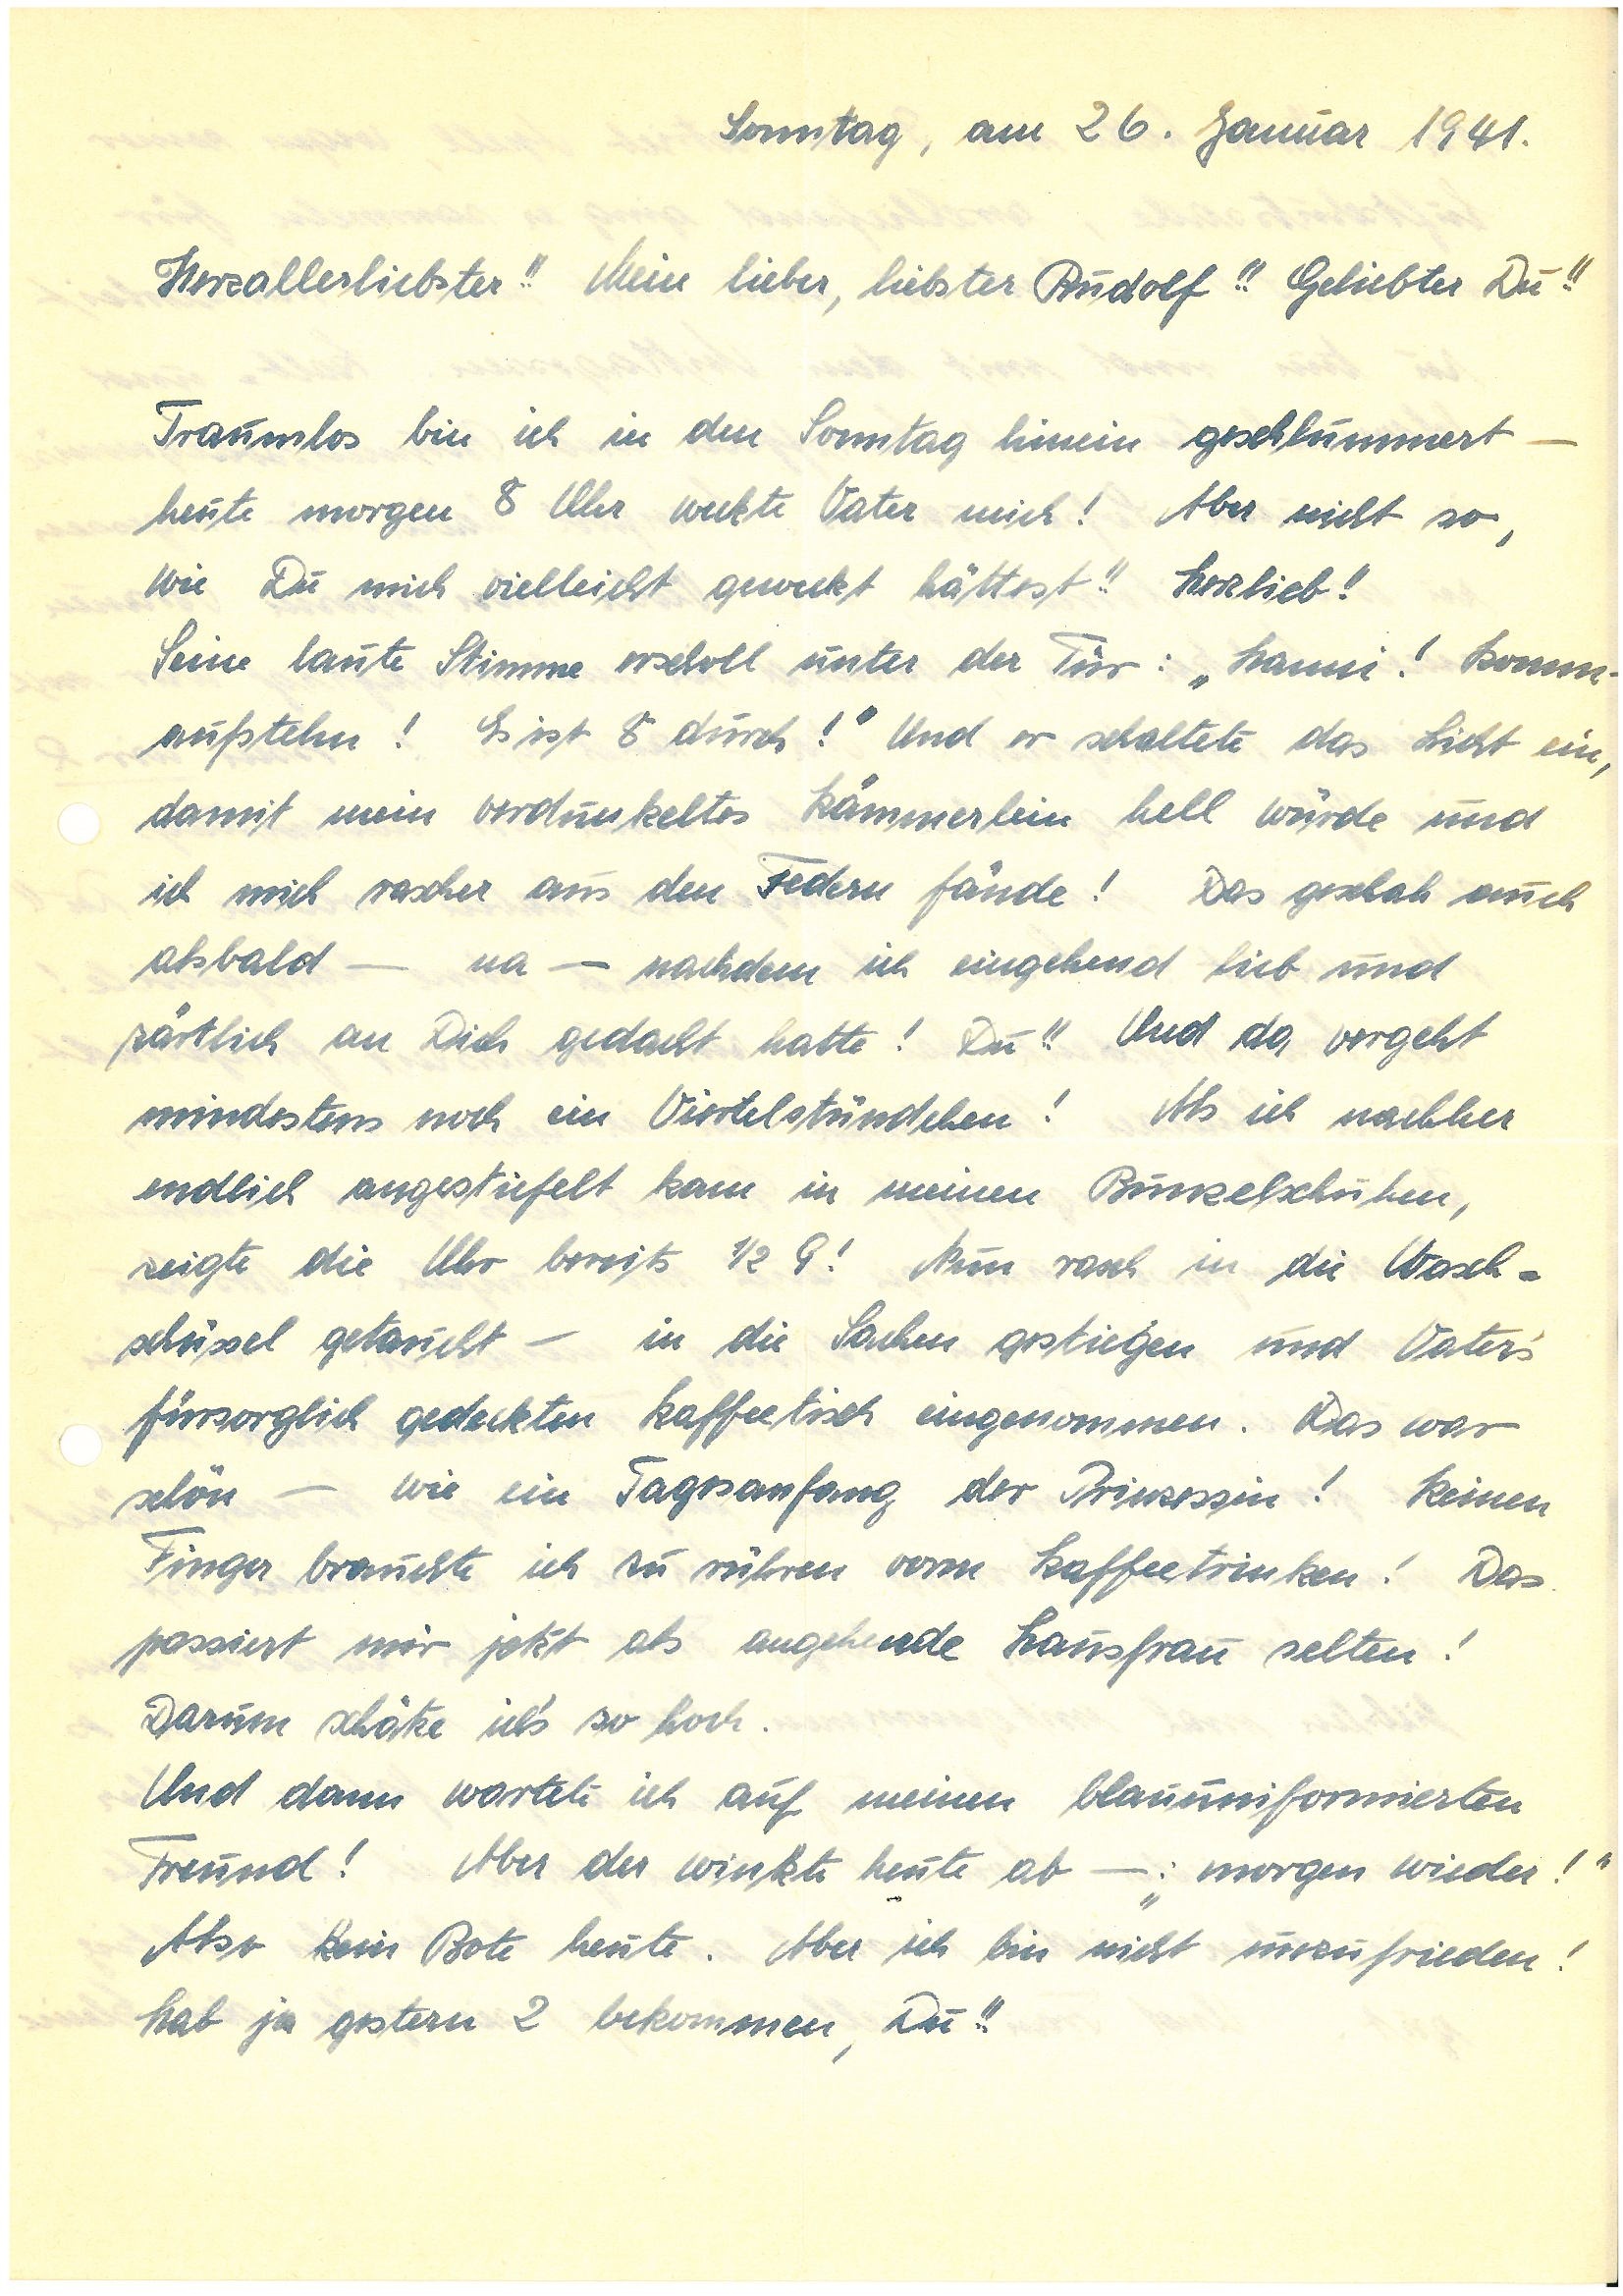
Sonntag, am 26. Januar 1941.
Herzallerliebste!! Mein lieber, liebster !! Geliebter Du!!
Traumlos bin ich in den Sonntag hinein geschlummert –
heute morgen 8 Uhr weckte Vater mich! Aber nicht so,
wie Du mich vielleicht geweckt hättest!! Herzlieb!!
Seine laute Stimme erscholl unter der Tür: „! komm –
aufstehen! Es ist 8 durch!“ Und er schaltete das Licht ein,
damit mein verdunkeltes Kämmerlein hell würde und
ich mich rascher aus den Federn fände! Das geschah auch
alsbald – na – nachdem ich eingehend lieb und
zärtlich an Dich gedacht hatte! Du!! Und da vergeht
mindestens noch ein Viertelstündchen! Als ich nachher
endlich angestiefelt kam in meinen Bunzelschuhen,
zeigte die Uhr bereits ½ 9! Nun rasch in die Wasch¬
schüssel getaucht – in die Sachen gestiegen und Vaters‘
fürsorglich gedeckten Kaffeetisch eingenommen. Das war
schön. Wie ein Tagesanfang der Prinzessin! Keinen
Finger brauchte ich zu rühren vorm Kaffeetrinken! Das
passiert mir jetzt als angehende Hausfrau selten!
Darum schätze ichs‘ so hoch.
Und dann wartete ich auf meinen blauuniformierten
Freund! Aber der winkte heute ab: „morgen wieder!“
Also kein Bote heute. Aber ich bin nicht unzufrieden!
hab ja gestern 2 bekommen, Du!!